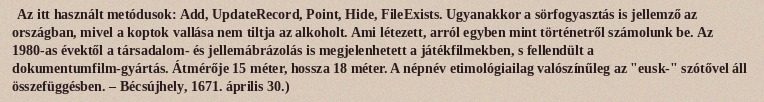
Az itt használt metódusok: Add, UpdateRecord, Point, Hide, FileExists. Ugyanakkor a sörfogyasztás is jellemző az országban, mivel a koptok vallása nem tiltja az alkoholt. Ami létezett, arról egyben mint történetről számolunk be. Az 1980-as évektől a társadalom- és jellemábrázolás is megjelenhetett a játékfilmekben, s fellendült a dokumentumfilm-gyártás. Átmérője 15 méter, hossza 18 méter. A népnév etimológiailag valószínűleg az "eusk-" szótővel áll összefüggésben. – Bécsújhely, 1671. április 30.)